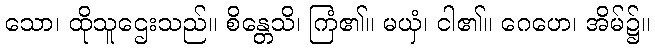
သော၊ ထိုသူဌေးသည်။ စိန္တေသိ၊ ကြံ၏။ မယှံ၊ ငါ၏။ ဂေဟေ၊ အိမ်၌။